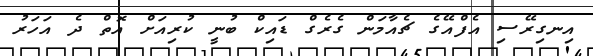
އިނގިރޭސި އެފްއޭގެ ޗެއާމަން ގެރެގް ޑައިކް ބުނީ ކުރިއަށް އޮތް ދެ އަހަރު